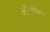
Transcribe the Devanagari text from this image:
ज़ोशीया